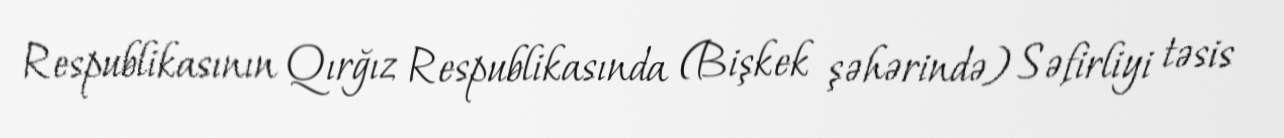
Respublikasının Qırğız Respublikasında (Bişkek şəhərində) Səfirliyi təsis